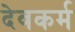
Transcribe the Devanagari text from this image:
देवकर्म